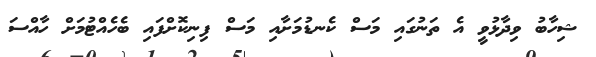
ޝިހާބު ވިދާޅުވީ އެ ތަނުގައި މަސް ކެނޑުމަށާއި މަސް ފިނިކޮށްފައި ބެހެއްޓުމަށް ހާއްސަ